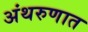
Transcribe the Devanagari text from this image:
अंथरुणात